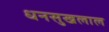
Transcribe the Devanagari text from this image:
धनसुखलाल